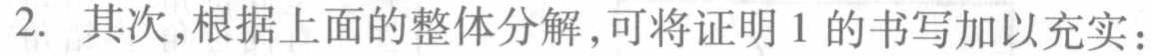
2. 其次,根据上面的整体分解,可将证明1的书写加以充实：